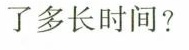
了多长时间?